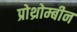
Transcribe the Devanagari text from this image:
प्रोथ्रोम्बीन